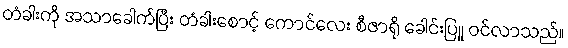
တံခါးကို အသာခေါက်ပြီး တံခါးစောင့် ကောင်လေး စီဇာရို ခေါင်းပြူ ဝင်လာသည်။